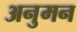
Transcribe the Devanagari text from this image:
अनुमन